Medical and sanitary report of the native army of Madras for the year
Year: 1872
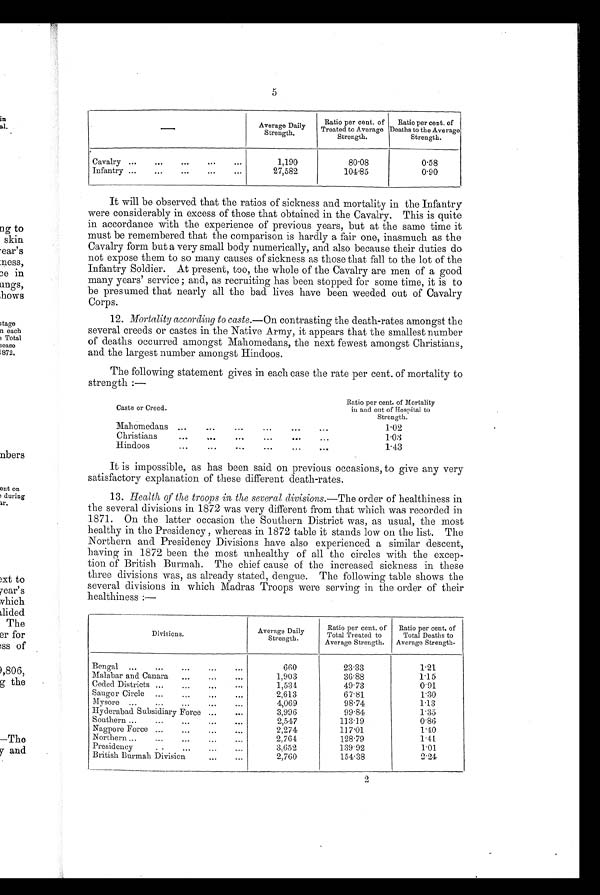
5
Average Daily
Strength.
Ratio per cent. of
Treated to Average
Strength.
Ratio per cent. of
Deaths to the Average
Strength.
Cavalry ...
...
...
...
. . .
1,190
80.08
0.58
Infantry ...
...
...
...
...
27,582
104.85
0.90
It will be observed that the ratios of sickness and mortality in the Infantry
were considerably in excess of those that obtained in the Cavalry. This is quite
in accordance with the experience of previous years, but at the same time it
must be remembered that the comparison is hardly a fair one, inasmuch as the
Cavalry form but a very small body numerically, and also because their duties do
not expose them to so many causes of sickness as those that fall to the lot of the
Infantry Soldier. At present, too, the whole of the Cavalry are men of a good
many years' service ; and, as recruiting has been stopped for some time, it is to
be presumed that nearly all the bad lives have been weeded out of Cavalry
Corps.
12. Mortality according to caste.—On contrasting the death-rates amongst the
several creeds or castes in the Native Army, it appears that the smallest number
of deaths occurred amongst Mahomedans, the next fewest amongst Christians,
and the largest number amongst Hindoos.
The following statement gives in each case the rate per cent. of mortality to
strength :—
Caste or Creed.
Ratio per cent. of Mortality
in and out of Hospital to
Strength.
Mahomedans ...
...
...
...
...
...
1.02
Christians
... ...
... ...
...
...
1.03
Hindoos
...
...
...
...
...
...
1.43
It is impossible, as has been said on previous occasions, to give any very
satisfactory explanation of these different death-rates.
13. Health of the troops in the several divisions. —The order of healthiness in
the several divisions in 1872 was very different from that which was recorded in
1871. On the latter occasion the Southern District was, as usual, the most
healthy in the Presidency , whereas in 1872 table it stands low on the list. The
Northern and Presidency Divisions have also experienced a similar descent,
having in 1872 been the most unhealthy of all the circles with the excep-
tion of British Burmah. The chief cause of the increased sickness in these
three divisions was, as already stated, dengue. The following table shows the
several divisions in which Madras Troops were serving in the order of their
healthiness :—
Divisions.
Average
D a i l y S t r e n g t h .
Ratio per cent. of
Total Treated to
Average Strength.
Ratio per cent. of
Total Deaths to
Average Strength.
Bengal
...
...
...
...
660
23.33
1.21
Malabar and Canara
...... ...
1,903
36.88
1.15
Ceded Districts ... .. ...
1, 534
49.73
0.91
Saugor Circle
...
...
...
...
2,613
67.81
1.30
Mysore ......
...
4,069
98.74
1.13
Hyderabad Subsidiary Force ...
...
3,996
99.84
1.35
Southern ......
...
. ..
...
..
2,547
113.19
0.86
Nagpore Force ...
...
...
2.2 74
117.01
1.40
Northern ...
..
.. . . . .
...
2, 764
128.79
1.41
Presidency...
...
...
3 , 6 5 2
139.92
1.01
British Burmah Division
...
...
2,760
154.38
2.24